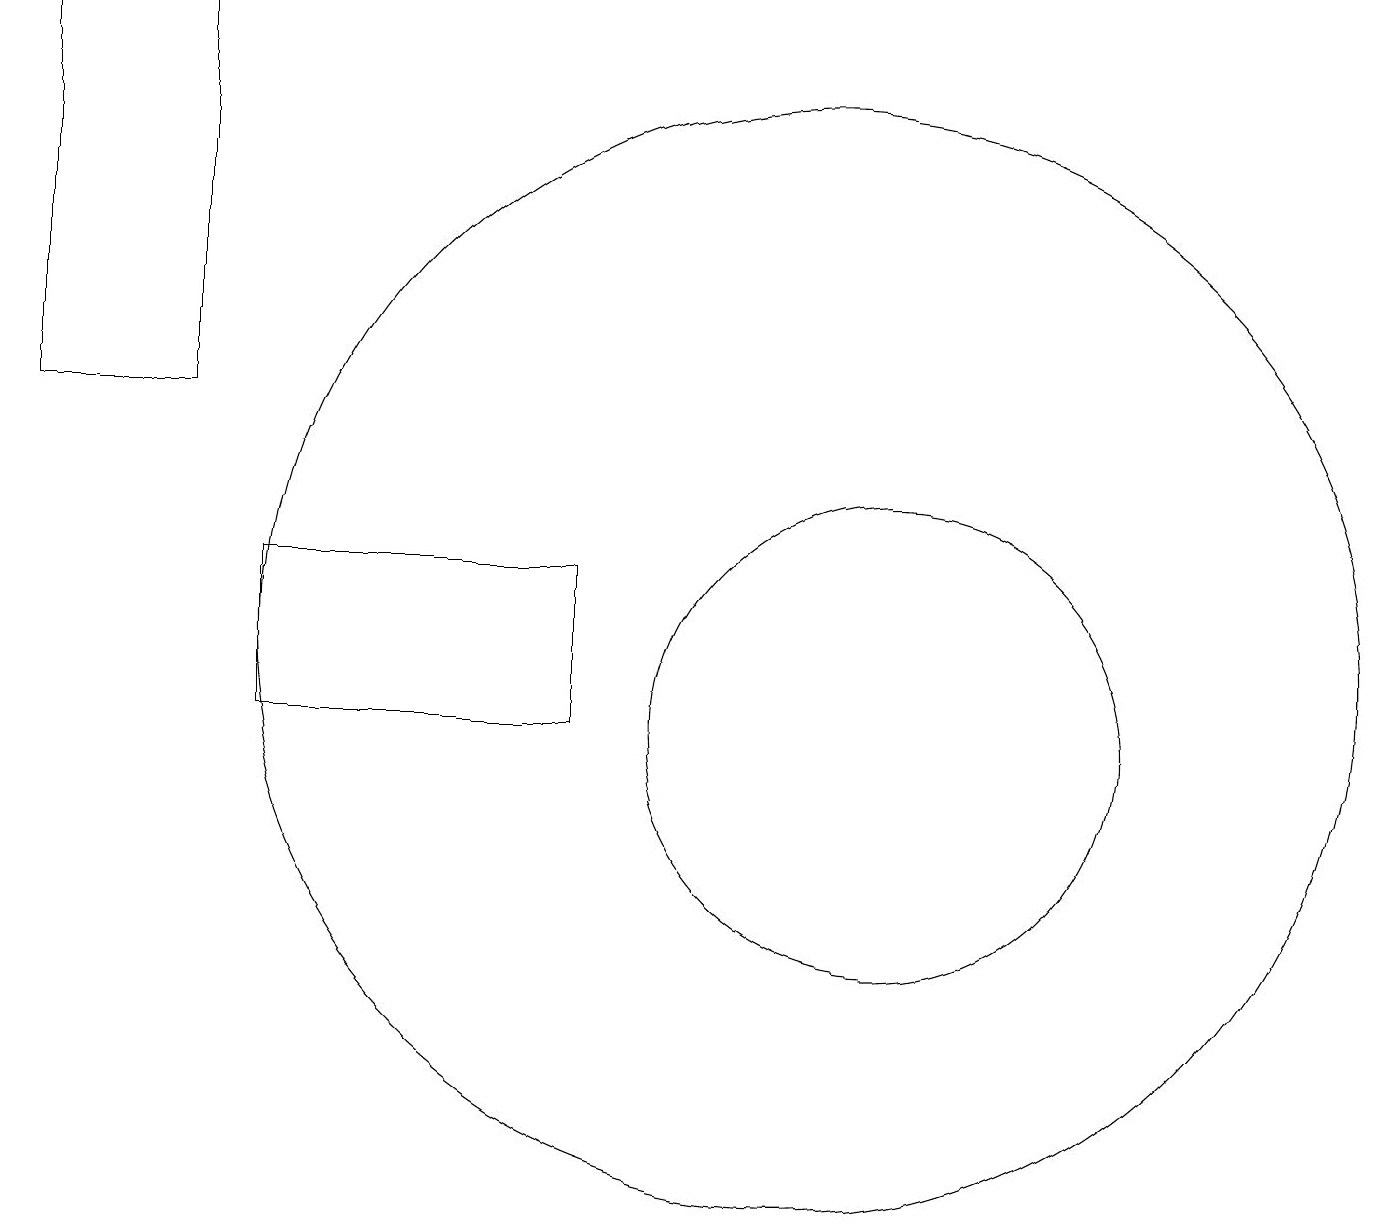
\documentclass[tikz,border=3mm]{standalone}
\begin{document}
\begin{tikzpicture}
\draw (8,10) rectangle (4,12);
\draw (3,14) rectangle (1,19);
\draw (11,11) circle (7);
\draw (12,10) circle (3);
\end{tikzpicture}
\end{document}